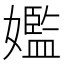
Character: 㜮